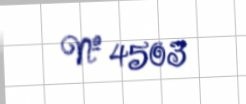
№ 4503